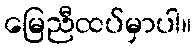
မြေညီထပ်မှာပါ။